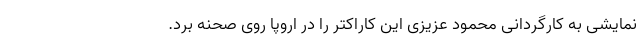
نمایشی به کارگردانی محمود عزیزی این کاراکتر را در اروپا روی صحنه برد.